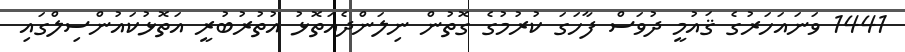
1441 ވަނައަހަރުގެ ޤައުމީ ދުވަސް ފާހަގަ ކުރުމުގެ ގޮތުން ނިލަންދެއަތޮޅު އުތުރުބުރީ އަތޮޅުކައުންސިލްގައި